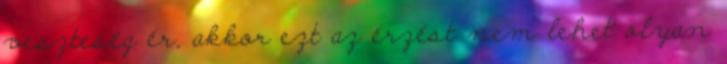
veszteség ér, akkor ezt az érzést nem lehet olyan